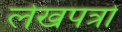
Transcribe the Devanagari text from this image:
लेखपत्रों